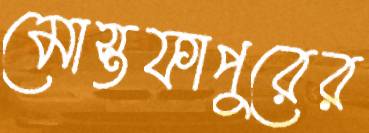
মোস্তফাপুরের